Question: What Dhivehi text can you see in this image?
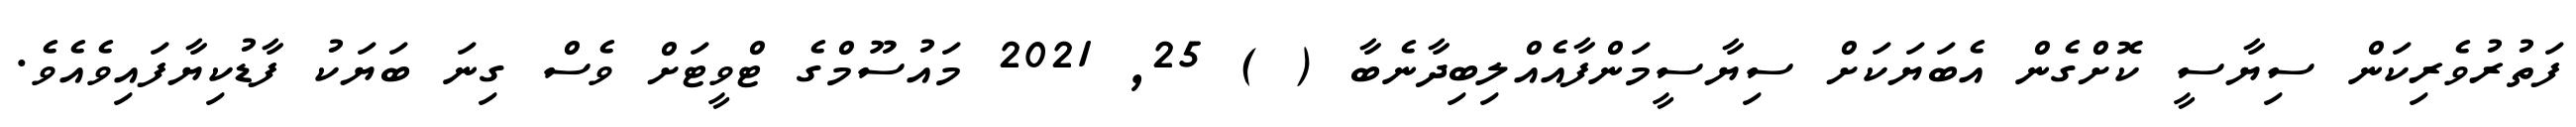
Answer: ފަތުރުވެރިކަން ސިޔާސީ ކޮށްގެން އެބަޔަކަށް ސިޔާސީމަންފާއެއްލިބިދާނެބާ ( ) 25, 2021 މައުސޫމްގެ ޓްވީޓަށް ވެސް ގިނަ ބަޔަކު ފާޑުކިޔާފައިވެއެވެ.